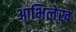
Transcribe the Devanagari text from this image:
आभिलेख